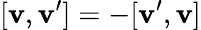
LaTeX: [{\mathbf v},{\mathbf v}^{\prime}]=-[{\mathbf v}^{\prime},{\mathbf v}]